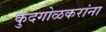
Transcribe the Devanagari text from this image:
कुंदगोळकरांना